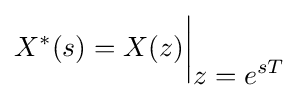
{\bigg .}X^{*}(s)=X(z){\bigg |}_{\displaystyle z=e^{sT}}